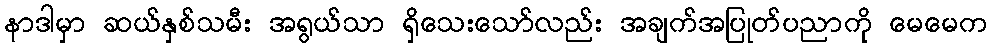
နာဒါမှာ ဆယ်နှစ်သမီး အရွယ်သာ ရှိသေးသော်လည်း အချက်အပြုတ်ပညာကို မေမေက